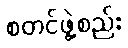
စတင်ဖွဲ့စည်း